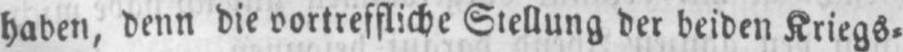
haben, denn die vortreffliche Stellung der beiden Kriegs⸗